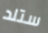
ستلد